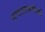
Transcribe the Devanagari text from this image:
संचालकांपैकी